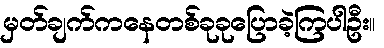
မှတ်ချက်ကနေတစ်ခုခုပြောခဲ့ကြပါဦး။